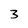
Character: 3